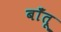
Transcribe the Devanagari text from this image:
बाँतू